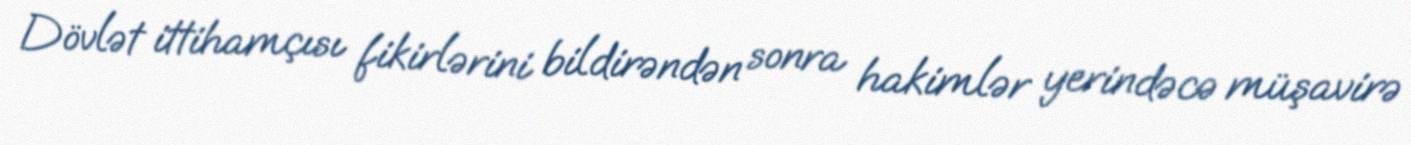
Dövlət ittihamçısı fikirlərini bildirəndən sonra hakimlər yerindəcə müşavirə